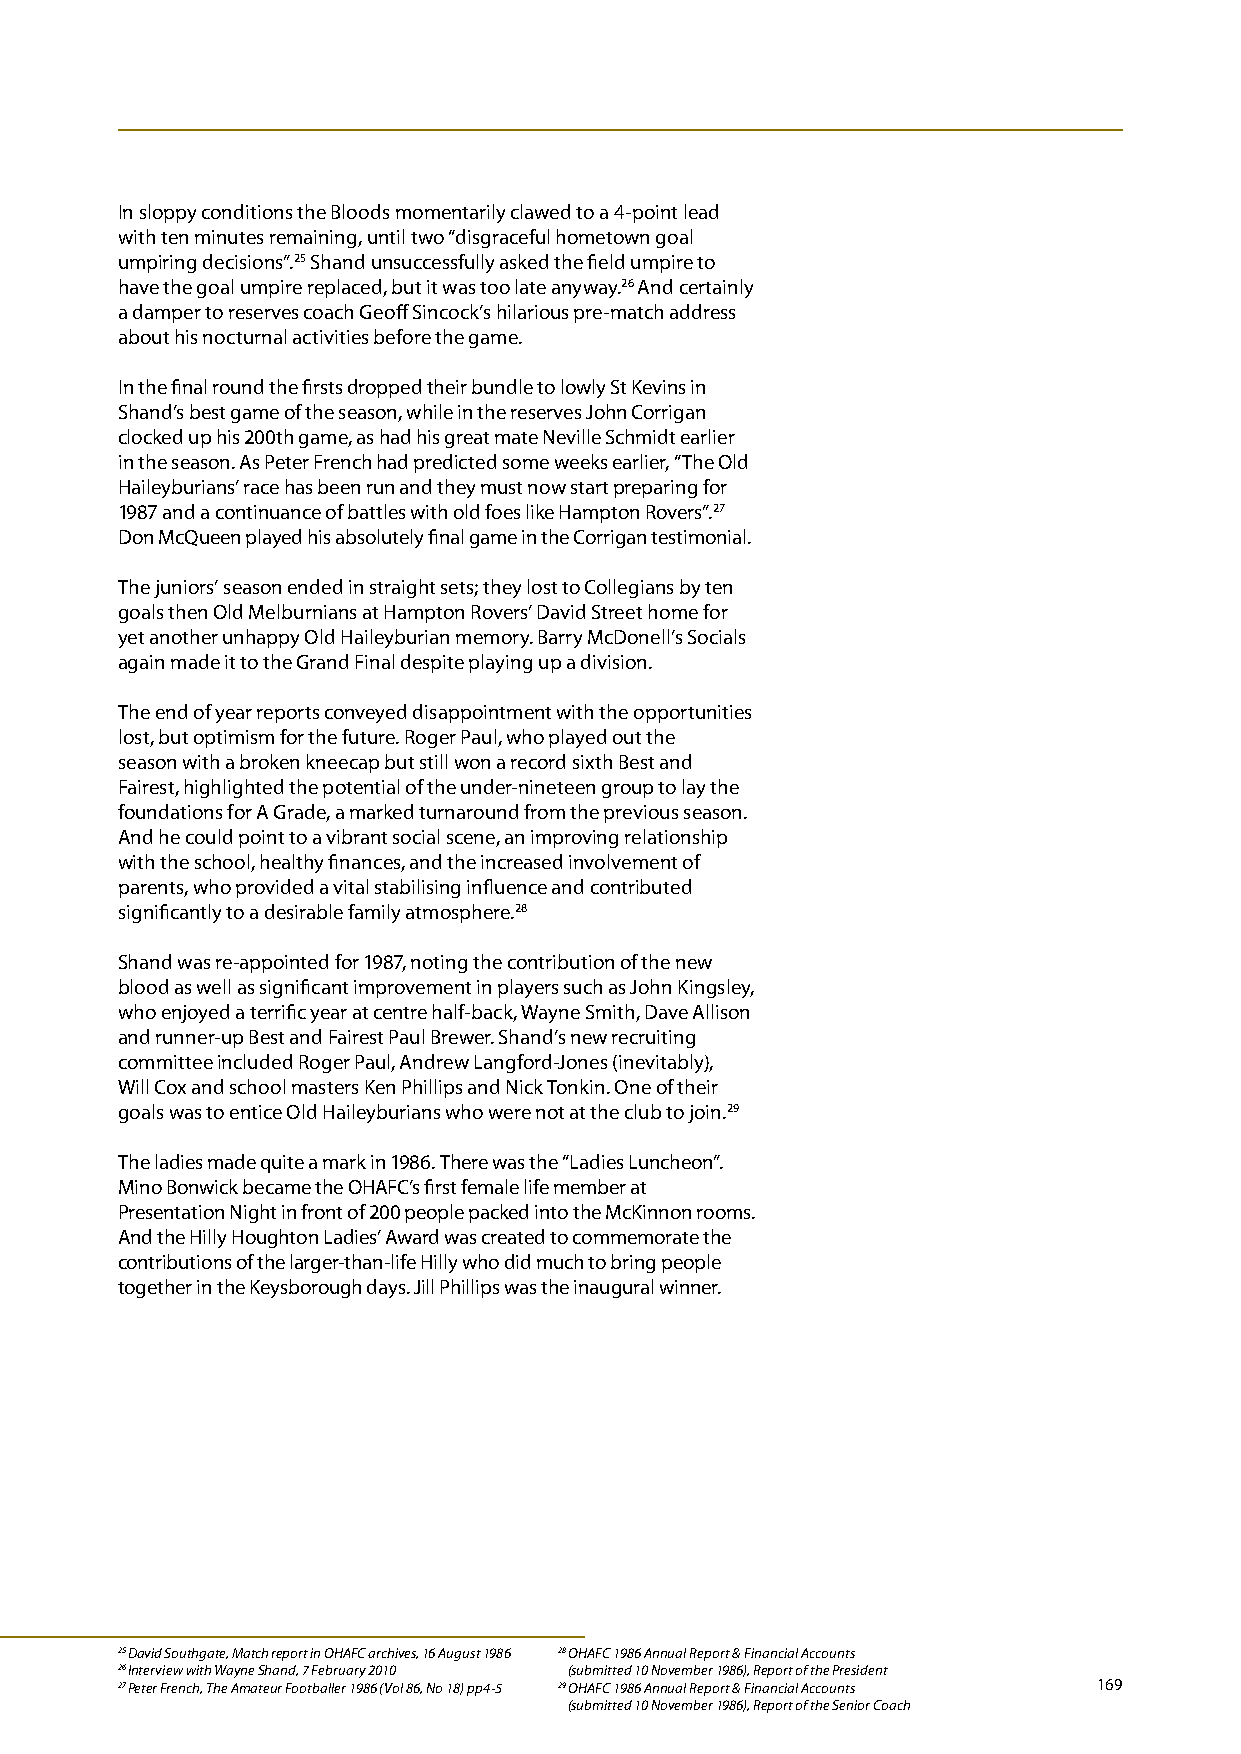
In sloppy conditions the Bloods momentarily clawed to a 4-point lead
 with ten minutes remaining, until two “disgraceful hometown goal
 umpiring decisions”.25 Shand unsuccessfully asked the field umpire to
 have the goal umpire replaced, but it was too late anyway.26 And certainly
 a damper to reserves coach Geoff Sincock’s hilarious pre-match address
 about his nocturnal activities before the game.
 In the final round the firsts dropped their bundle to lowly St Kevins in
 Shand’s best game of the season, while in the reserves John Corrigan
 clocked up his 200th game, as had his great mate Neville Schmidt earlier
 in the season. As Peter French had predicted some weeks earlier, “The Old
 Haileyburians’ race has been run and they must now start preparing for
 1987 and a continuance of battles with old foes like Hampton Rovers”.27
 Don McQueen played his absolutely final game in the Corrigan testimonial.
 The juniors’ season ended in straight sets; they lost to Collegians by ten
 goals then Old Melburnians at Hampton Rovers’ David Street home for
 yet another unhappy Old Haileyburian memory. Barry McDonell’s Socials
 again made it to the Grand Final despite playing up a division.
 The end of year reports conveyed disappointment with the opportunities
 lost, but optimism for the future. Roger Paul, who played out the
 season with a broken kneecap but still won a record sixth Best and
 Fairest, highlighted the potential of the under-nineteen group to lay the
 foundations for A Grade, a marked turnaround from the previous season.
 And he could point to a vibrant social scene, an improving relationship
 with the school, healthy finances, and the increased involvement of
 parents, who provided a vital stabilising influence and contributed
 significantly to a desirable family atmosphere.28
 Shand was re-appointed for 1987, noting the contribution of the new
 blood as well as significant improvement in players such as John Kingsley,
 who enjoyed a terrific year at centre half-back, Wayne Smith, Dave Allison
 and runner-up Best and Fairest Paul Brewer. Shand’s new recruiting
 committee included Roger Paul, Andrew Langford-Jones (inevitably),
 Will Cox and school masters Ken Phillips and Nick Tonkin. One of their
 goals was to entice Old Haileyburians who were not at the club to join.29
 The ladies made quite a mark in 1986. There was the “Ladies Luncheon”.
 Mino Bonwick became the OHAFC’s first female life member at
 Presentation Night in front of 200 people packed into the McKinnon rooms.
 And the Hilly Houghton Ladies’ Award was created to commemorate the
 contributions of the larger-than-life Hilly who did much to bring people
 together in the Keysborough days. Jill Phillips was the inaugural winner.
 25 David Southgate, Match report in OHAFC archives, 16 August 1986 28 OHAFC 1986 Annual Report & Financial Accounts
 26 Interview with Wayne Shand, 7 February 2010 (submitted 10 November 1986), Report of the President
 27 Peter French, The Amateur Footballer 1986 (Vol 86, No 18) pp4-5 29 O HAFC 1986 Annual Report & Financial Accounts 169
 (submitted 10 November 1986), Report of the Senior Coach